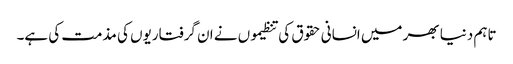
تاہم دنیا بھر میں انسانی حقوق کی تنظیموں نے ان گرفتاریوں کی مذمت کی ہے۔